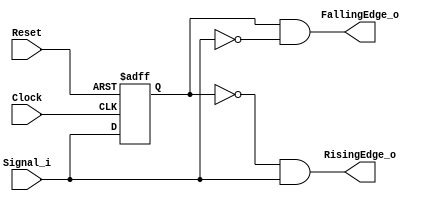
// 230715

`default_nettype none
module EdgeDetector(
	input  wire Clock,
	input  wire Reset,
	input  wire Signal_i,
	output wire RisingEdge_o,
	output wire FallingEdge_o
);

	reg Previous;

	always @(posedge Clock, negedge Reset) begin
		if(!Reset)
			Previous <= 0;
		else
			Previous <= Signal_i; 
	end

	assign RisingEdge_o  = (Previous == 1'b0) && (Signal_i == 1'b1);
	assign FallingEdge_o = (Previous == 1'b1) && (Signal_i == 1'b0);

endmodule
`default_nettype wire